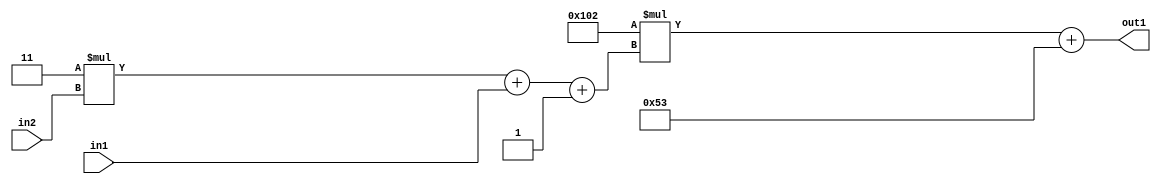
`timescale 1ps / 1ps
/*****************************************************************************
    Verilog RTL Description
    
    
    Created by: Stratus DpOpt 2019.1.01 
*******************************************************************************/

module DC_Filter_Add2i83Mul2i258Add3i1u1Mul2i3u2_4 (
	in2,
	in1,
	out1
	); /* architecture "behavioural" */ 
input [1:0] in2;
input  in1;
output [11:0] out1;
wire [11:0] asc001;
wire [3:0] asc002;

wire [3:0] asc002_tmp_0;
wire [3:0] asc002_tmp_1;
assign asc002_tmp_1 = 
	+(4'B0011 * in2);
assign asc002_tmp_0 = asc002_tmp_1
	+(in1);
assign asc002 = asc002_tmp_0
	+(4'B0001);

wire [11:0] asc001_tmp_2;
assign asc001_tmp_2 = 
	+(12'B000100000010 * asc002);
assign asc001 = asc001_tmp_2
	+(12'B000001010011);

assign out1 = asc001;
endmodule

/* CADENCE  vrTwTAs= : u9/ySgnWtBlWxVPRXgAZ4Og= ** DO NOT EDIT THIS LINE ******/